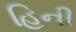
હિની